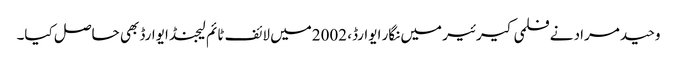
وحید مراد نے فلمی کیرئیر میں نگار ایوارڈ، 2002میں لائف ٹائم لیجنڈ ایوارڈ بھی حاصل کیا۔